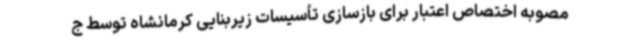
مصوبه اختصاص اعتبار برای بازسازی تأسیسات زیربنایی کرمانشاه توسط ج